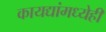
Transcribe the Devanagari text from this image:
कायद्यांमध्येही